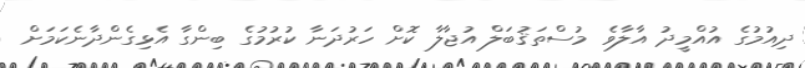
ދިއުމުގެ އުއްމީދު އާލާވެ މުސްތަޤުބަލް އުޖާލާ ކޮށް ހަރުދަނާ ކުރުމުގެ ބިންގާ އެޅިގެންދާނެކަމަށް